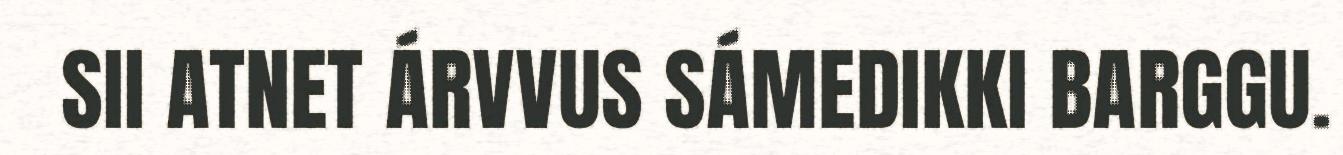
SII ATNET ÁRVVUS SÁMEDIKKI BARGGU.